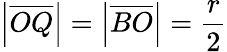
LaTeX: \left|{\overline{{OQ}}}\right|=\left|{\overline{{BO}}}\right|={\frac{r}{2}}